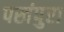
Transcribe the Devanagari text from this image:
पखंपुरा